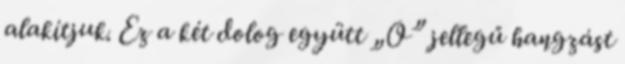
alakítjuk. Ez a két dolog együtt „O” jellegű hangzást